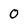
Character: 0